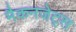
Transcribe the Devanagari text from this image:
मैकनजेट्स